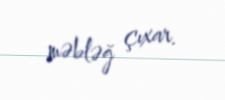
məbləğ çıxar.